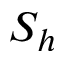
S _ { h }